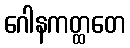
ဂေါနကတ္ထတေ